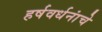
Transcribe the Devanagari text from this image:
हर्षवर्धनांचे